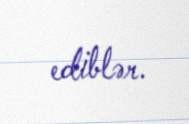
ediblər.